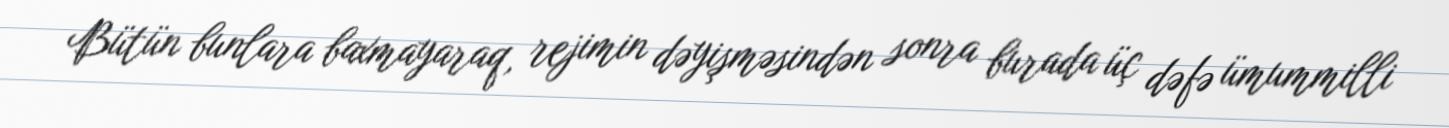
Bütün bunlara baxmayaraq, rejimin dəyişməsindən sonra burada üç dəfə ümummilli